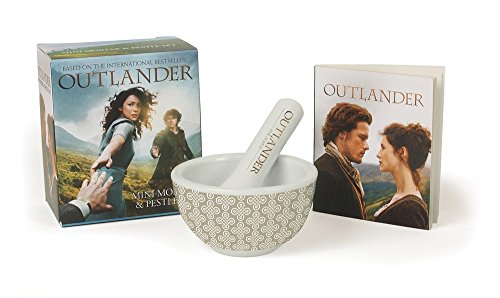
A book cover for Outlander: Mini Mortar & Pestle Set; Humor & Entertainment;